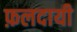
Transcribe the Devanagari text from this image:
फ़लदायी